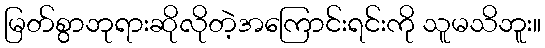
မြတ်စွာဘုရားဆိုလိုတဲ့အကြောင်းရင်းကို သူမသိဘူး။